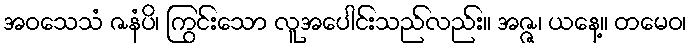
အဝသေသံ ဇနံပိ၊ ကြွင်းသော လူအပေါင်းသည်လည်း။ အဇ္ဇ၊ ယနေ့။ တမေဝ၊